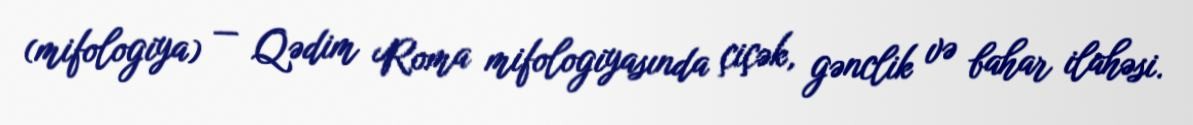
(mifologiya) — Qədim Roma mifologiyasında çiçək, gənclik və bahar ilahəsi.